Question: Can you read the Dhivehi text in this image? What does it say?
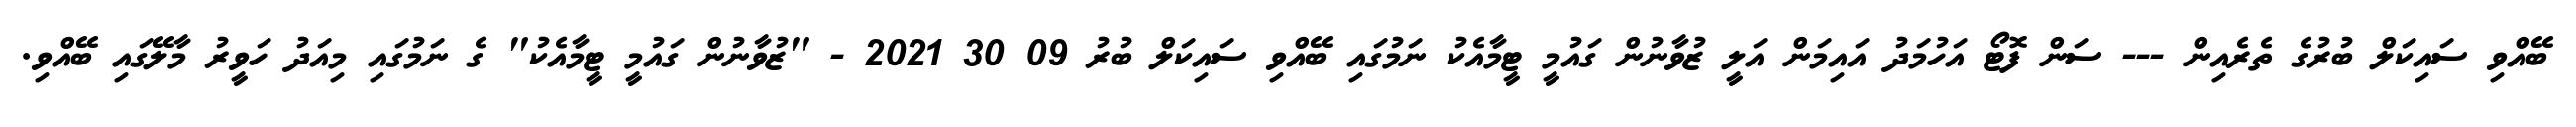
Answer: ބޭއްވި ސައިކަލް ބުރުގެ ތެރެއިން --- ސަން ފޮޓޯ އަހުމަދު އައިމަން އަލީ ޒުވާނުން ގައުމީ ޓީމާއެކު ނަމުގައި ބޭއްވި ސައިކަލް ބުރު 09 30 2021 - "ޒުވާނުން ގައުމީ ޓީމާއެކު" ގެ ނަމުގައި މިއަދު ހަވީރު މާލޭގައި ބޭއްވި.